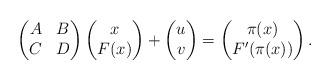
LaTeX: \begin{align*}\begin{pmatrix}A & B \\C & D\end{pmatrix}\begin{pmatrix}x\\F(x)\end{pmatrix}+\begin{pmatrix}u\\v\end{pmatrix}=\begin{pmatrix}\pi(x)\\F'(\pi(x))\end{pmatrix}.\end{align*}